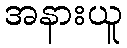
အနားယူ